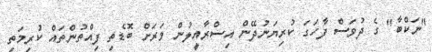
"ނަކްބާ" ގެ ދުވަސް ފާހަގަ ކުރިޔަނުދޭން އިސްރާއީލުން ވަރަށް ބޮޑެތި ފިއްތުންތައް ކުރިމަތި